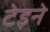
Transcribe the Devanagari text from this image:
टेइने